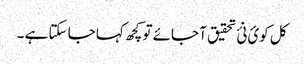
کل کوئ نئ تحقیق آ جائے تو کچھ کہا جا سکتا ہے ۔